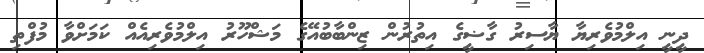
ދީނީ އިލްމުވެރިޔާ ޔާސިރު ގާޟީގެ އިތުރުން ޒިންބާބުއޭގެ މަޝްހޫރު އިލްމުވެރިއެއް ކަމަށްވާ މުފްތި